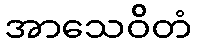
အာသေဝိတံ